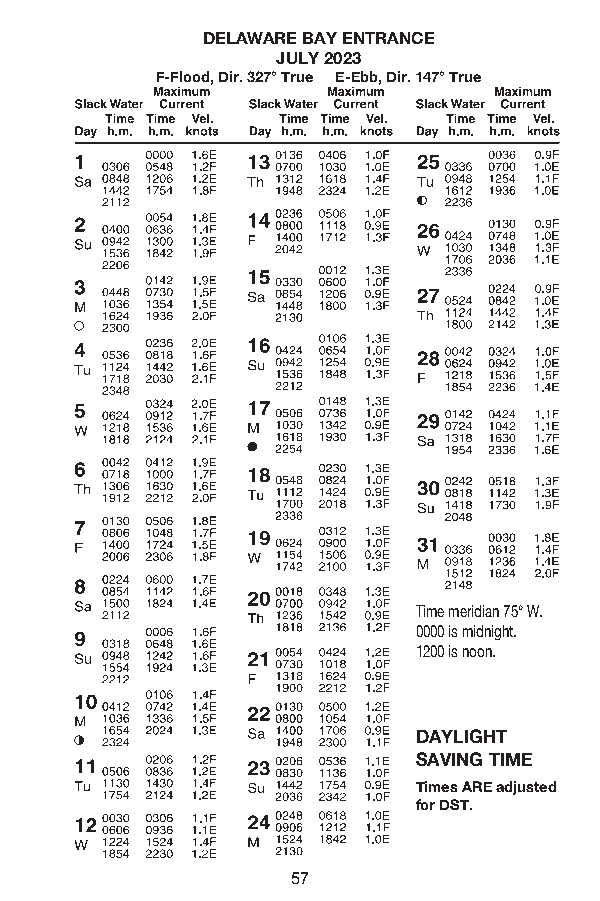
DELAWARE BAY ENTRANCE
 JULY 2023
 F-Flood, Dir . 327° True E-Ebb, Dir . 147° True
 Time meridian 75° W.
 0000 is midnight.
 1200 is noon.
 DAYLIGHT
 SAVING TIME
 Times ARE adjusted
 for DST.
 57